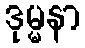
ဒုမ္မနာ